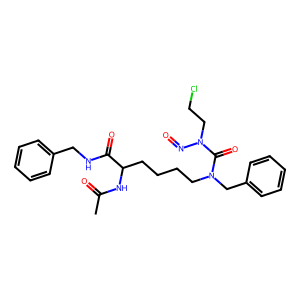
SMILES: CC(=O)NC(CCCCN(Cc1ccccc1)C(=O)N(CCCl)N=O)C(=O)NCc1ccccc1
Inhibits HIV replication: No